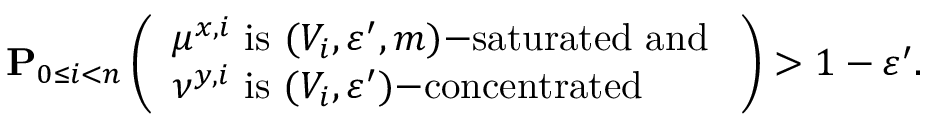
\mathbf P _ { 0 \leq i < n } \left( \begin{array} { l } { \mu ^ { x , i } \mathrm { ~ i s ~ } ( V _ { i } , \varepsilon ^ { \prime } , m ) \mathrm { - s a t u r a t e d ~ a n d ~ } } \\ { \nu ^ { y , i } \mathrm { ~ i s ~ } ( V _ { i } , \varepsilon ^ { \prime } ) \mathrm { - c o n c e n t r a t e d } } \end{array} \right) > 1 - \varepsilon ^ { \prime } .